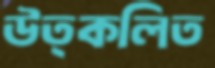
উত্কলিত